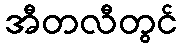
အီတလီတွင်